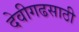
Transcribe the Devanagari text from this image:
देवीगढसाठी